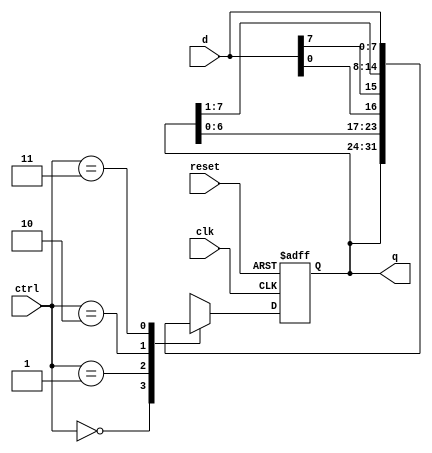
`timescale 1ns / 1ps
//////////////////////////////////////////////////////////////////////////////////
// Company: 
// Engineer: 
// 
// Design Name: 
// Module Name:    univ_shift_reg 
// Project Name: 
// Target Devices: 
// Tool versions: 
// Description: 
//
// Dependencies: 
//
// Revision: 
// Revision 0.01 - File Created
// Additional Comments: 
//
//////////////////////////////////////////////////////////////////////////////////
  module univ_shift_reg
  #( parameter N = 8)
   (
     input wire clk, reset ,
     input wire [1:0] ctrl ,
     input wire [N-1:0] d ,
     output wire [N-1:0] q
   );
   // s i g n a l d e c l a r a t i o n
   reg [N-1:0] r_reg , r_next ;
   // body
   // register (memory kept isolated from the combinational ones) 
   always @(posedge clk, posedge reset)
    if ( reset )
     r_reg <= 0 ;
    else
     r_reg <= r_next ;

   // n e x t - s t a t e logic
   always @*
    case (ctrl)
     2'b00: r_next = r_reg; // no operation
     2'b01: r_next = {r_reg[N-2:0], d[0]}; // shift left (assuming lsb of load data inserted via right)
     2'b10: r_next = {d[N-1], r_reg[N-1:1]}; // shift right (assuming msb of load data inserted via left)
     2'b11: r_next = d ; // load (parallel)
    endcase
   // output logic
    assign q = r_reg ;

  endmodule